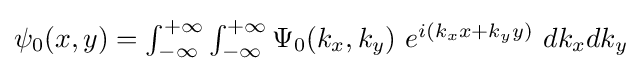
{\textstyle \psi _{0}(x,y)=\int _{-\infty }^{+\infty }\int _{-\infty }^{+\infty }\Psi _{0}(k_{x},k_{y})~e^{i(k_{x}x+k_{y}y)}~dk_{x}dk_{y}}